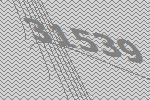
31539